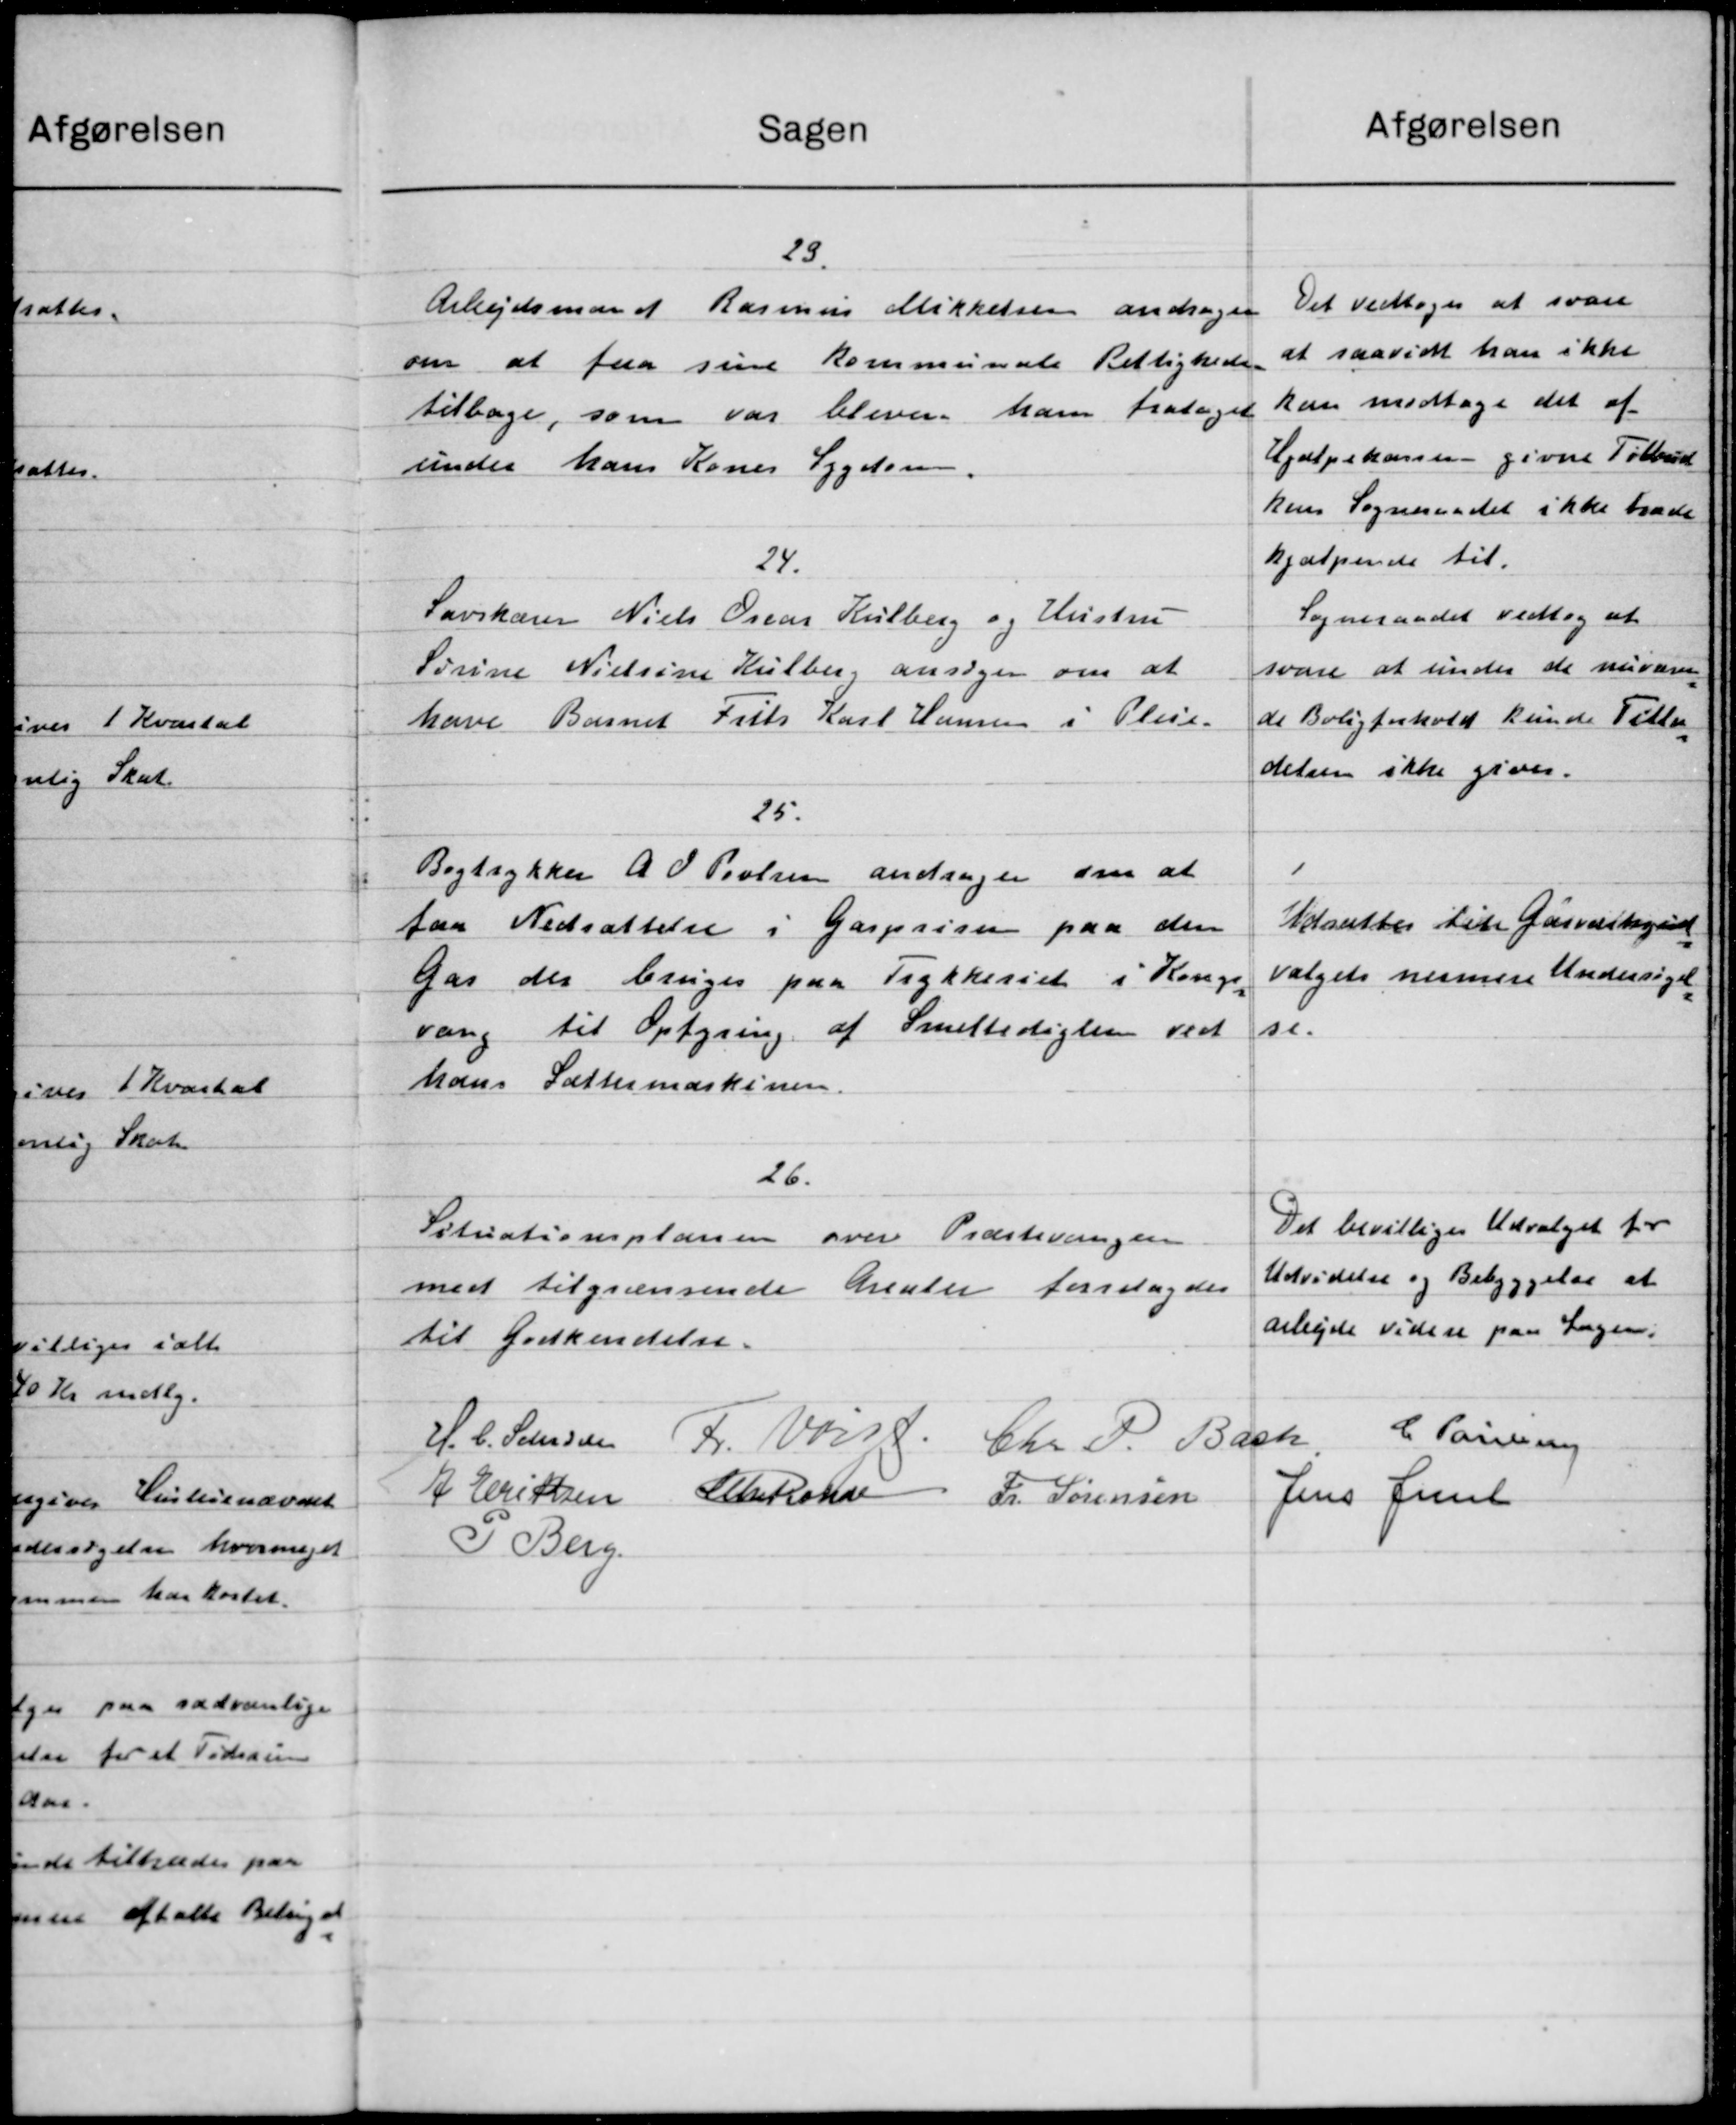
Transskription:
afgørelsen
Sagen
23.
Det vedtoges at svare
Arbejdsmand Rasmus Mikkelsen andrager
at saavidt han ikke
om at faa sine Kommunale Rettighede
kan modtage det af
tilbage, som var blever ham frataget
Hjælpekassen givne Tilbud
under hans Koner Sygdom.
kens Sogneraadet ikke træde
hjælpende til
24.
Sogneraadet vedtog at
Lavskærer Niels Oreas Kulberg og Hustru
svare at under de nuvære
Sørine Nielsine Kulber, ansøger om at
de Boligforhold kunde Tillæg
have Barnet Frits Karl Hansen i Pleie.
delsen ikke gives.
25.
1
Bogtrykker A O Povlsen andrager om at
Udsættes til Garvikgud
faa Nedsættelse i Gaspriser paa den
Valgets nærmere Undersøgel
Gas der bruges paa Trykkeriet i Konge
vang til Optyring af Smettedigten ved
se.
hans Fattermaskinere
26.
Det bevilliges Udvalget for
Situationsplanen over Præstevangen.
Udvidelse og Bebyggelse at
med tilgrænsende Arealer forelagdes
arbejde videre paa Sagen.
til Godkendelse.
C. Poulsen
H. C. Petersen
F. Vagt.
Chr. P. Bach
A Exittsen
Chekone Fr. Sørensen
Jens Lil
P. Berg.